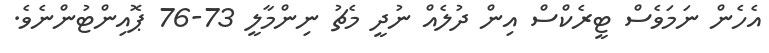
އެހެން ނަމަވެސް ޓީރެކްސް އިން ދުލެއް ނުދީ މެޗު ނިންމާލީ 73-76 ޕޮއިންޓުންނެވެ.